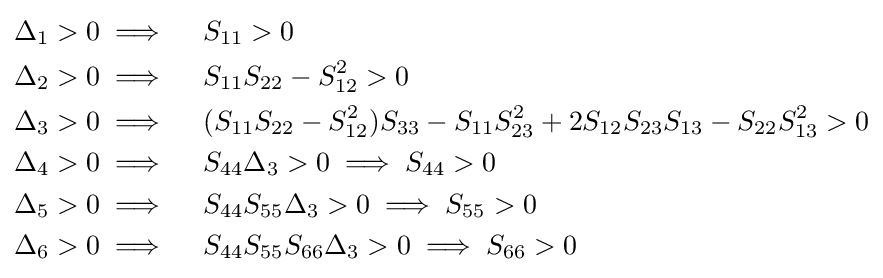
{\begin{aligned}\Delta _{1}>0&\implies \quad S_{11}>0\\\Delta _{2}>0&\implies \quad S_{11}S_{22}-S_{12}^{2}>0\\\Delta _{3}>0&\implies \quad (S_{11}S_{22}-S_{12}^{2})S_{33}-S_{11}S_{23}^{2}+2S_{12}S_{23}S_{13}-S_{22}S_{13}^{2}>0\\\Delta _{4}>0&\implies \quad S_{44}\Delta _{3}>0\implies S_{44}>0\\\Delta _{5}>0&\implies \quad S_{44}S_{55}\Delta _{3}>0\implies S_{55}>0\\\Delta _{6}>0&\implies \quad S_{44}S_{55}S_{66}\Delta _{3}>0\implies S_{66}>0\end{aligned}}